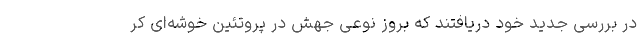
در بررسی جدید خود دریافتند که بروز نوعی جهش در پروتئین خوشه‌ای کر